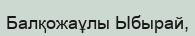
Балқожаұлы Ыбырай,